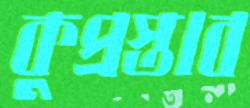
কুপ্রস্তাব